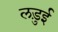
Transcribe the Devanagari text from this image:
लड़ुई